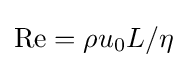
{\text{Re}}=\rho u_{0}L/\eta